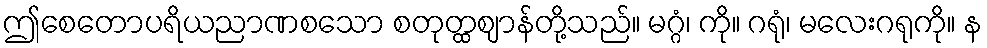
ဤစေတောပရိယညာဏစသော စတုတ္ထဈာန်တို့သည်။ မဂ္ဂံ၊ ကို။ ဂရုံ၊ မလေးဂရုကို။ န